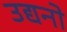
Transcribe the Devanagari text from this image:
उद्यनो